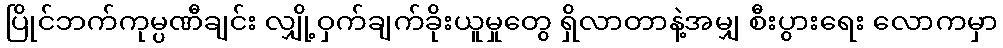
ပြိုင်ဘက်ကုမ္ပဏီချင်း လျှို့ဝှက်ချက်ခိုးယူမှုတွေ ရှိလာတာနဲ့အမျှ စီးပွားရေး လောကမှာ